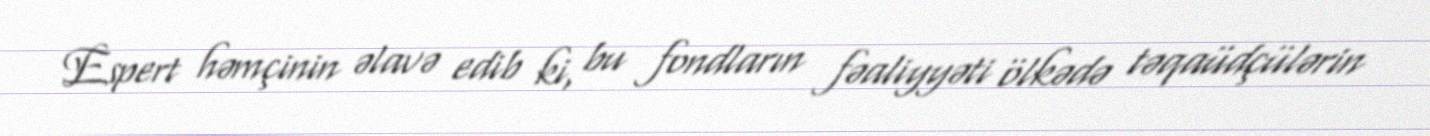
Espert həmçinin əlavə edib ki, bu fondların fəaliyyəti ölkədə təqaüdçülərin